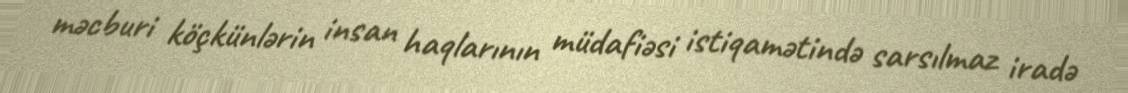
məcburi köçkünlərin insan haqlarının müdafiəsi istiqamətində sarsılmaz iradə